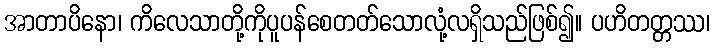
အာတာပိနော၊ ကိလေသာတို့ကိုပူပန်စေတတ်သောလုံ့လရှိသည်ဖြစ်၍။ ပဟိတတ္တဿ၊